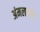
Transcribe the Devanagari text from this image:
अंमलाला